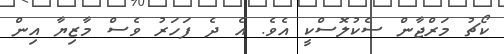
ކޯޗު މަރްޖާން ސެކުލޮސްކީ އެވެ. އެ ދެ ފަހަރު ވެސް މާޒިޔާ އިން